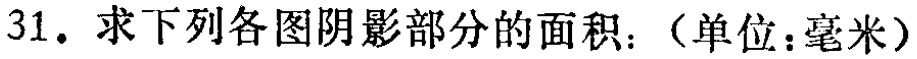
31. 求下列各图阴影部分的面积：（单位：毫米）